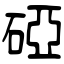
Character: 䃁